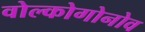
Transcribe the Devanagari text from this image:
वोल्कोगोनोव